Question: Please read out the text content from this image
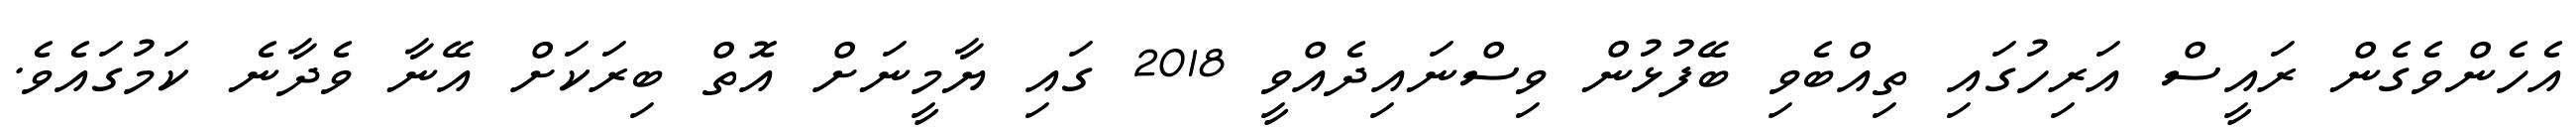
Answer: އެހެންވެގެން ރައީސް އަރިހުގައި ތިއްބެވި ބޭފުޅުން ވިސްނައިދެއްވީ 2018 ގައި ޔާމީނަށް އޮތް ބިރަކަށް އޭނާ ވެދާނެ ކަމުގައެވެ.